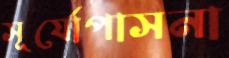
সূর্যোপাসনা